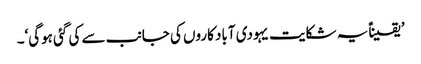
’یقیناًً یہ شکایت یہودی آباد کاروں کی جانب سے کی گئی ہوگی‘۔